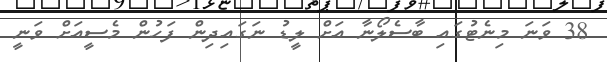
38 ވަނަ މިނެޓުގައި ބާސެލޯނާ އަށް ލީޑު ނަގައިދިން ފަހުން މެސީއަށް ވަނީ